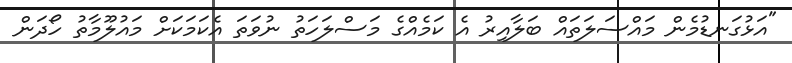
"އަޅުގަނޑުމެން މައްސަލަތައް ބަލާއިރު އެ ކަމެއްގެ މަސްލަހަތު ނުވަތަ އެކަމަކަށް މައުލޫމާތު ހޯދަން